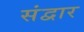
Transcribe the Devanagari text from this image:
संद्वार